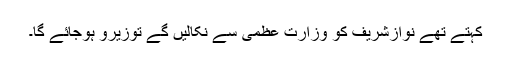
کہتے تھے نوازشریف کو وزارت عظمیٰ سے نکالیں گے توزیرو ہوجائے گا۔